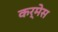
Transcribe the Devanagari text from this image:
कर्मेस